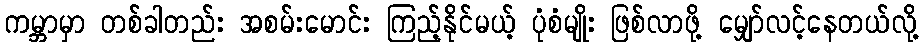
ကမ္ဘာမှာ တစ်ခါတည်း အစမ်းမောင်း ကြည့်နိုင်မယ့် ပုံစံမျိုး ဖြစ်လာဖို့ မျှော်လင့်နေတယ်လို့